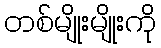
တစ်မျိုးမျိုးကို